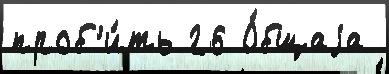
проб'и́ть 26 О́бщаjа